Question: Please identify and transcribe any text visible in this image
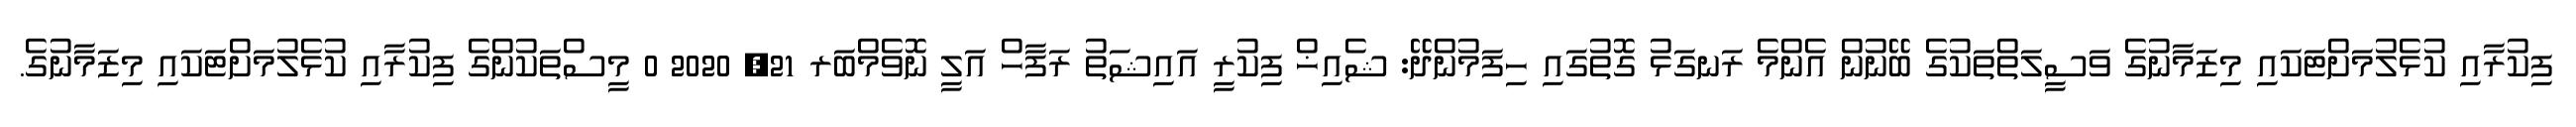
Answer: ފިކުރާއި ކުޅެލުމަށްޓަކައި މިޒަމާނުގެ ވަސީލަތްތަކުގެ ބޭނުން އެންމެ ރަނގަޅު ގޮތުގައި ހިފަމުންދޭ: ޝެއިޚް ފިކުރީ އައިޝަތު ރަފާހް އަލީ ނޮވެމްބަރ 21, 2020 0 މީސްތަކުންގެ ފިކުރާއި ކުޅެލުމަށްޓަކައި މިޒަމާނުގެ.